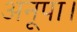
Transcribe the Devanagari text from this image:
अनूपा।